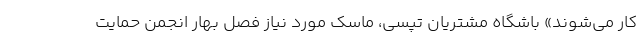
کار می‌شوند» باشگاه مشتریان تپسی، ماسک مورد نیاز فصل بهار انجمن حمایت